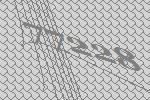
77228